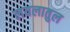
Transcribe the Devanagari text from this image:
लयलातुल